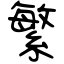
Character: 繁